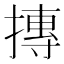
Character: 摶